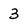
Character: 3